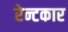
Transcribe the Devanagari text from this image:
रेन्टकार